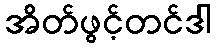
အိတ်ဖွင့်တင်ဒါ